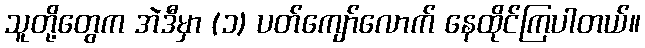
သူတို့တွေက အဲဒီမှာ (၁) ပတ်ကျော်လောက် နေထိုင်ကြပါတယ်။